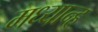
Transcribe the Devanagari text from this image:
मध्‍यान्‍ह